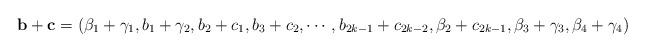
LaTeX: \begin{align*}\mathbf{b}+\mathbf{c}=(\beta_1+\gamma_1,b_1+\gamma_2,b_2+c_1,b_3+c_2,\cdots,b_{2k-1}+c_{2k-2},\beta_2+c_{2k-1}, \beta_3+\gamma_3,\beta_4+\gamma_4)\end{align*}